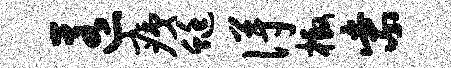
匿痍蜓得檄紫